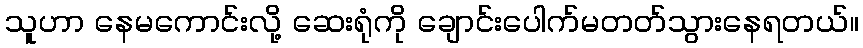
သူဟာ နေမကောင်းလို့ ဆေးရုံကို ချောင်းပေါက်မတတ်သွားနေရတယ်။